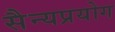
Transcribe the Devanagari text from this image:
सैन्यप्रयोग